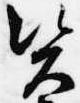
資